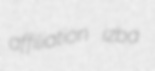
affiliation izba